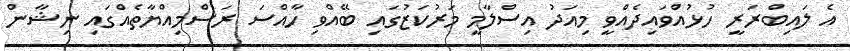
އެ ލައިބްރަރީ ހުޅުއްވައިދެއްވީ މިއަދު އިސްލާމީ މަރުކަޒުގައި ބޭއްވި ހާއްސަ ރަސްމިއްޔާތެއްގައި ނިޝާން